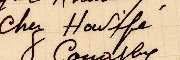
Chey Housif